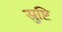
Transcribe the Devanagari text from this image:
स्रुष्टि